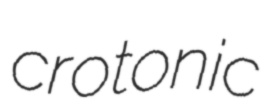
crotonic